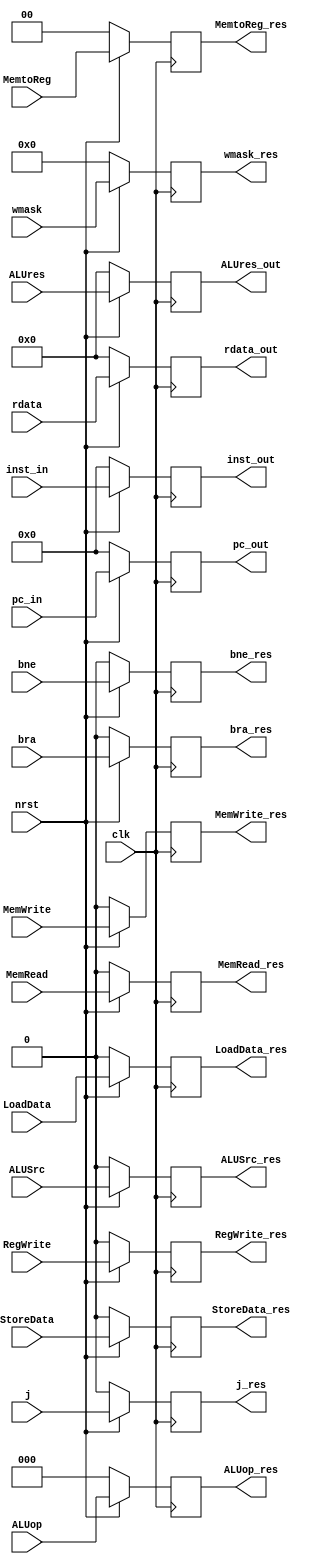
`timescale 1ns / 1ps

//----Defined Constants----

//----ALUOp----
`define AddALU     3'b000
`define SubALU     3'b001
`define AndALU     3'b010
`define OrALU      3'b011
`define XorALU     3'b100
`define SLTALU     3'b101
`define AddiALU    3'b110 //Add vs ADDI**






//----Load from mem----
`define LD              3'b011
`define LW              3'b010
`define LWU             3'b110
`define LH              3'b001
`define LHU             3'b101
//----Store to mem----
`define SD              3'b011
`define SW              3'b010
`define SH              3'b001




//----Funct3----
//||Arithmetic||
`define Addf3             3'b000
`define Andf3             3'b111
`define Orf3              3'b110
`define Xorf3             3'b100
`define SLTf3             3'b010

//||Conditional Jump||
`define BNEf3             3'b001


//----Funct7----
//||Arithmetic||
`define Subf7            7'b0100000



//----Opcode----
`define ARITHopcode           7'b0110011
`define ADDIopcode            7'b0010011 
`define COND_BRAopcode        7'b1100011
`define JALopcode             7'b1101111
`define JALRopcode            7'b1100111
`define LOADopcode            7'b0000011
`define STOREopcode           7'b0100011

module memwb_stagereg(
clk, nrst, rdata, rdata_out, 
inst_in, inst_out,
pc_in, pc_out,
ALUres, ALUres_out, 
ALUop, ALUSrc, MemWrite, MemRead, RegWrite, MemtoReg, 
j, bra, bne,
StoreData, LoadData,  wmask,
ALUop_res, ALUSrc_res, MemWrite_res, MemRead_res, RegWrite_res, MemtoReg_res, 
j_res, bra_res, bne_res,
StoreData_res, LoadData_res, wmask_res 


    );
    
    input clk, nrst;

    input [31:0] inst_in;
    output reg [31:0] inst_out;

    input [31:0] pc_in;
    output reg [31:0] pc_out;

    input [63:0] ALUres, rdata;
    output reg [63:0] ALUres_out, rdata_out;
    
    
    
    
    //Input Control Unit Signals
    
    input ALUSrc; 
    input [2:0] ALUop; 
    input MemWrite;
    input MemRead;
    input RegWrite;
    input [1:0] MemtoReg; 
    input j, bra, bne;
    input StoreData, LoadData; 
    input [7:0] wmask; 
    
   
    
    
    //Output Control Unit Signals

    output reg ALUSrc_res;
    output reg [2:0] ALUop_res;  
    output reg MemWrite_res;
    output reg MemRead_res;
    output reg RegWrite_res;
    output reg [1:0] MemtoReg_res; 
    output reg j_res, bra_res, bne_res;
    output reg StoreData_res, LoadData_res; 
    output reg [7:0] wmask_res;   
    
    
    
    always@(posedge clk) begin
    
        if (!nrst)begin
            inst_out <= 32'd0;
            pc_out <= 32'd0;
            ALUres_out <= 64'd0;
            rdata_out <= 64'd0;
        end
        
         else begin
            inst_out <= inst_in;
            pc_out <= pc_in;
            ALUres_out <= ALUres;
            rdata_out <= rdata;   
        end
    end
    
    always@(posedge clk) begin
        
        if (!nrst)begin
            
            ALUSrc_res <= 1'd0;
            ALUop_res <= 3'd0;
            MemWrite_res <= 1'd0;
            MemRead_res <= 1'd0;
            RegWrite_res <= 1'd0;
            MemtoReg_res <= 2'd0;
            bra_res <= 1'd0;
            bne_res <= 1'd0;
            j_res <= 1'd0;
            StoreData_res <= 1'd0;
            LoadData_res <= 1'd0;
            wmask_res <= 8'd0;
        end
        
         else begin
            
            ALUSrc_res <= ALUSrc;
            ALUop_res <= ALUop;
            MemWrite_res <= MemWrite;
            MemRead_res <= MemRead;
            RegWrite_res <= RegWrite;
            MemtoReg_res <= MemtoReg;
            bra_res <= bra;
            bne_res <= bne;
            j_res <= j;
            StoreData_res <= StoreData;
            LoadData_res <= LoadData;
            wmask_res <= wmask;
         end

    end
endmodule